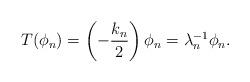
LaTeX: \begin{align*} T ( \phi_{n} ) = \left( - \frac{k_{n}}{2} \right) \phi_{n} = \lambda_{n}^{-1} \phi_{n} . \end{align*}